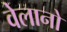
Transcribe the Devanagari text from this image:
वेलानो